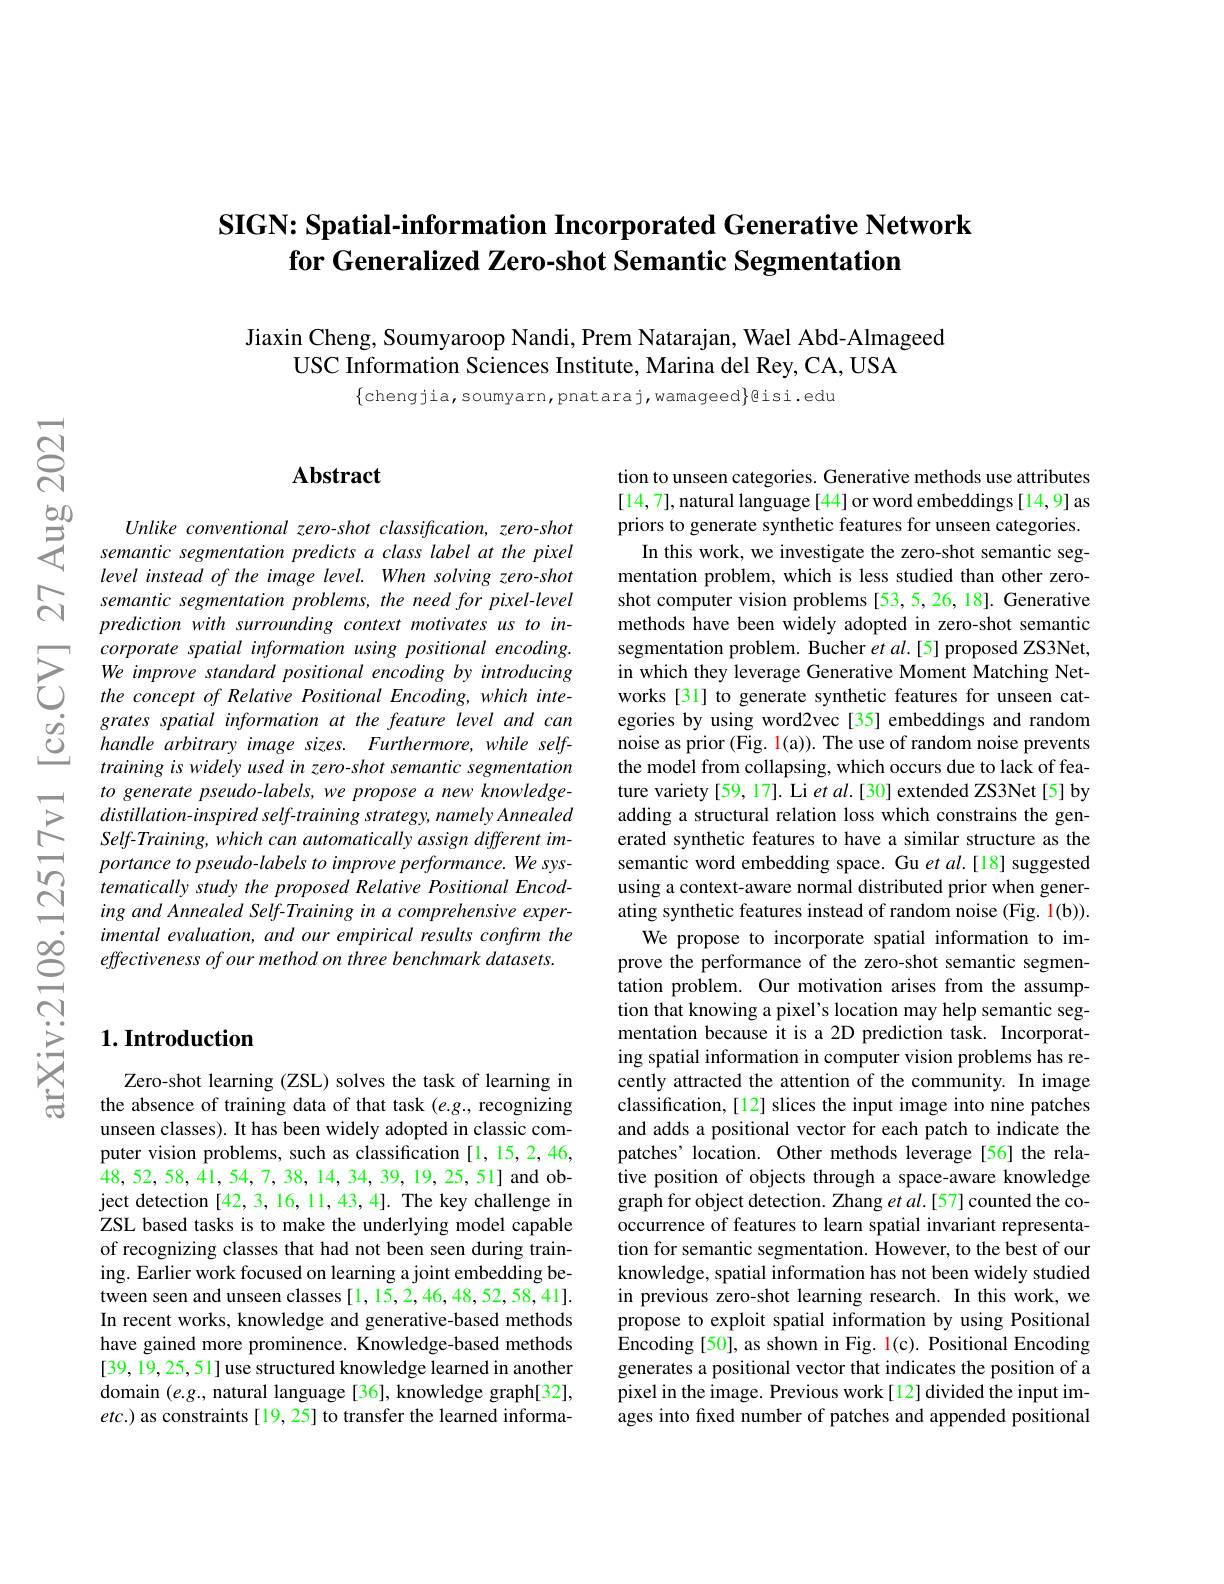
## SIGN: Spatial-information Incorporated Generative Network $\textbf{for Generalized Zero- shot Semantic Segmentation}$

Jiaxin Cheng, Soumyaroop Nandi, Prem Natarajan, Wael Abd-Almageed
USC Information Sciences Institute, Marina del Rey, CA, USA

$\{$chengjia,soumyarn,pnataraj,wamageed$\}$lisi.edu

## Abstract

Unlike conventional zero-shot classification, zero-shot semantic segmentation predicts a class label at the pixel level instead of the image level. When solving zero-shot semantic segmentation problems, the need for pixel-level prediction with surrounding context motivates us to incorporate spatial information using positional encoding. We improve standard positional encoding by introducing the concept of Relative Positional Encoding,which integrates spatial information at the feature level and can handle arbitrary image sizes. Furthermore, while selftraining is widely used in zero-shot semantic segmentation to generate pseudo-labels, we propose a new knowledgedistillation-inspired self-training strategy, namely Annealed Self-Training, which can automatically assign different importance to pseudo-labels to improve performance. We systematically study the proposed Relative Positional Encoding and Annealed Self-Training in a comprehensive experimental evaluation, and our empirical results confirm the effectiveness of our method on three benchmark datasets.

tion to unseen categories. Generative methods use attributes [14,7],natural language[44] or word embeddings[14,9] as priors to generate synthetic features for unseen categories.
In this work, we investigate the zero-shot semantic segmentation problem, which is less studied than other zeroshot computer vision problems [53,5,26,18]. Generative methods have been widely adopted in zero-shot semantic segmentation problem. Bucher $etal.[5]$ proposed ZS3Net, in which they leverage Generative Moment Matching Networks [31] to generate synthetic features for unseen categories by using word2vec [35] embeddings and random noise as prior (Fig. 1(a)). The use of random noise prevents the model from collapsing, which occurs due to lack of feature variety [59,17]. Li et al.[30] extended ZS3Net[5] by adding a structural relation loss which constrains the generated synthetic features to have a similar structure as the semantic word embedding space. Gu $etal.[18]$ suggested using a context-aware normal distributed prior when generating synthetic features instead of random noise (Fig. 1(b)).
We propose to incorporate spatial information to improve the performance of the zero-shot semantic segmentation problem. Our motivation arises from the assumption that knowing a pixel's location may help semantic segmentation because it is a 2D prediction task. Incorporating spatial information in computer vision problems has recently attracted the attention of the community. In image classification,[12] slices the input image into nine patches and adds a positional vector for each patch to indicate the patches' location. Other methods leverage[56] the relative position of objects through a space-aware knowledge graph for object detection. Zhang et al.[57] counted the cooccurrence of features to learn spatial invariant representation for semantic segmentation. However, to the best of our knowledge, spatial information has not been widely studied in previous zero-shot learning research. In this work, we propose to exploit spatial information by using Positional Encoding [50], as shown in Fig. l(c). Positional Encoding generates a positional vector that indicates the position of a pixel in the image. Previous work[12] divided the input images into fixed number of patches and appended positional

## $1. \textbf{Introduction}$

Zero-shot learning (ZSL) solves the task of learning in the absence of training data of that task $(e.g.$, recognizing unseen classes). It has been widely adopted in classic computer vision problems, such as classification[1,15,2,46, 48,52,58,41,54,7,38,14,34,39,19,25,51] and object detection [42,3,16,11,43,4]. The key challenge in ZSL based tasks is to make the underlying model capable of recognizing classes that had not been seen during training. Earlier work focused on learning a joint embedding between seen and unseen classes[1,15,2,46,48,52,58,41]. In recent works, knowledge and generative-based methods have gained more prominence. Knowledge-based methods [39,19,25,51] use structured knowledge learned in another domain $(e.g.$, natural language[36], knowledge graph[32], $etc.)$ as constraints[19, 25] to transfer the learned informa-